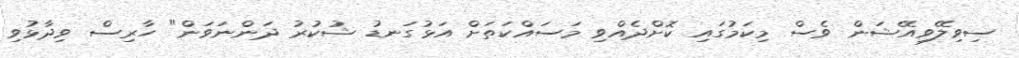
ސިވިލޭވިއޭޝަން ވެސް މިކަމުގައި ކޮށްދެއްވި މަސައްކަތަށް އަޅުގަނޑު ޝުކުރު ދަންނަވަން" ހާރިސް ވިދާޅުވި